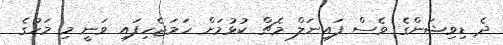
ދެ ޑިވިޝަންގެ ވެސް ފައިނަލް މެޗް ކުޅުމަށް ހަމަޖެހިފައި ވަނީ މި މަހުގެ